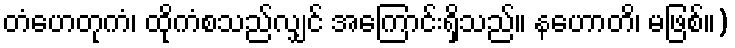
တံဟေတုကံ၊ ထိုကံစသည်လျှင် အကြောင်းရှိသည်။ နဟောတိ၊ မဖြစ်။)